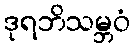
ဒုရဘိသမ္ဘဝံ